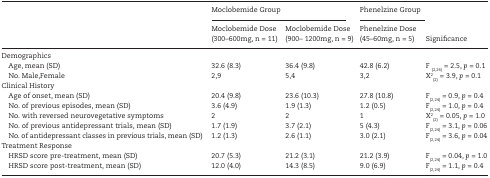
<table><thead><tr><td rowspan="2"></td><td colspan="2"><b>Moclobemide Group</b></td><td><b>Phenelzine Group</b></td><td rowspan="2"><b>Significance</b></td></tr><tr><td><b>Moclobemide Dose (300–600mg, n = 11)</b></td><td><b>Moclobemide Dose (900– 1200mg, n = 9)</b></td><td><b>Phenelzine Dose (45–60mg, n = 5)</b></td></tr></thead><tbody><tr><td colspan="5">Demographics</td></tr><tr><td> Age, mean (SD)</td><td>32.6 (8.3)</td><td>36.4 (9.8)</td><td>42.8 (6.2)</td><td>F <sub>(2,24)</sub> = 2.5, <i>p</i> = 0.1</td></tr><tr><td> No. Male,Female</td><td>2,9</td><td>5,4</td><td>3,2</td><td>X<sup>2</sup><sub>(2)</sub> = 3.9, <i>p</i> = 0.1</td></tr><tr><td colspan="5">Clinical History</td></tr><tr><td> Age of onset, mean (SD)</td><td>20.4 (9.8)</td><td>23.6 (10.3)</td><td>27.8 (10.8)</td><td>F<sub>(2,24)</sub> = 0.9, <i>p</i> = 0.4</td></tr><tr><td> No. of previous episodes, mean (SD)</td><td>3.6 (4.9)</td><td>1.9 (1.3)</td><td>1.2 (0.5)</td><td>F<sub>(2,24)</sub> = 1.0, <i>p</i> = 0.4</td></tr><tr><td> No. with reversed neurovegetative symptoms</td><td>2</td><td>2</td><td>1</td><td>X<sup>2</sup><sub>(2)</sub> = 0.05, <i>p</i> = 1.0</td></tr><tr><td> No. of previous antidepressant trials, mean (SD)</td><td>1.7 (1.9)</td><td>3.7 (2.1)</td><td>5 (4.3)</td><td>F<sub>(2,24)</sub> = 3.1, <i>p</i> = 0.06</td></tr><tr><td> No. of antidepressant classes in previous trials, mean (SD)</td><td>1.2 (1.3)</td><td>2.6 (1.1)</td><td>3.0 (2.1)</td><td>F<sub>(2,24)</sub> = 3.6, <i>p</i> = 0.04</td></tr><tr><td colspan="5">Treatment Response</td></tr><tr><td> HRSD score pre-treatment, mean (SD)</td><td>20.7 (5.3)</td><td>21.2 (3.1)</td><td>21.2 (3.9)</td><td>F<sub>(2,24)</sub> = 0.04, <i>p</i> = 1.0</td></tr><tr><td> HRSD score post-treatment, mean (SD)</td><td>12.0 (4.0)</td><td>14.3 (8.5)</td><td>9.0 (6.9)</td><td>F<sub>(2,24)</sub> = 1.1, <i>p</i> = 0.4</td></tr></tbody></table>